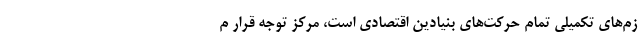
زم‌های تکمیلی تمام حرکت‌های بنیادین اقتصادی است، مرکز توجه قرار م